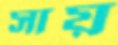
সায়